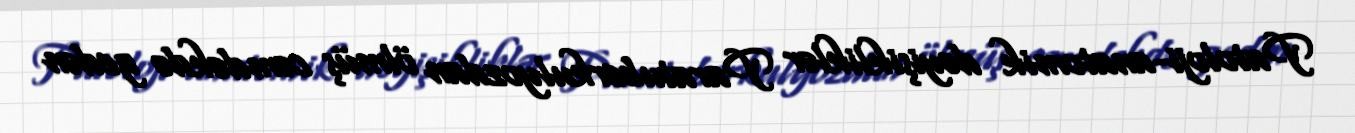
Patoloji-anatomik dəyişikliklər Paratuberkulyozdan ölmüş cəmdəkdə gedən